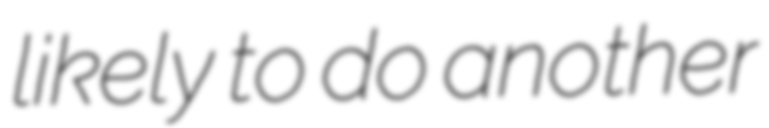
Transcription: likely to do another